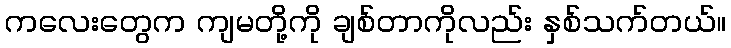
ကလေးတွေက ကျမတို့ကို ချစ်တာကိုလည်း နှစ်သက်တယ်။